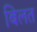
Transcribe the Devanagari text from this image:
बिलत